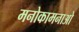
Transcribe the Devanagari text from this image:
मनोकामनाओ